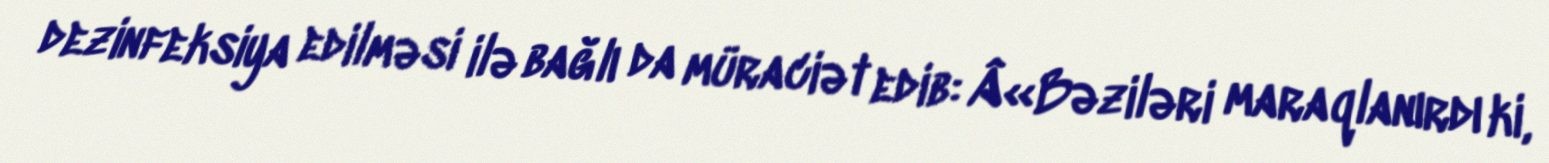
dezinfeksiya edilməsi ilə bağlı da müraciət edib: Â«Bəziləri maraqlanırdı ki,